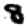
Digit: 8